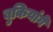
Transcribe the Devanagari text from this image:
बुकियांगे